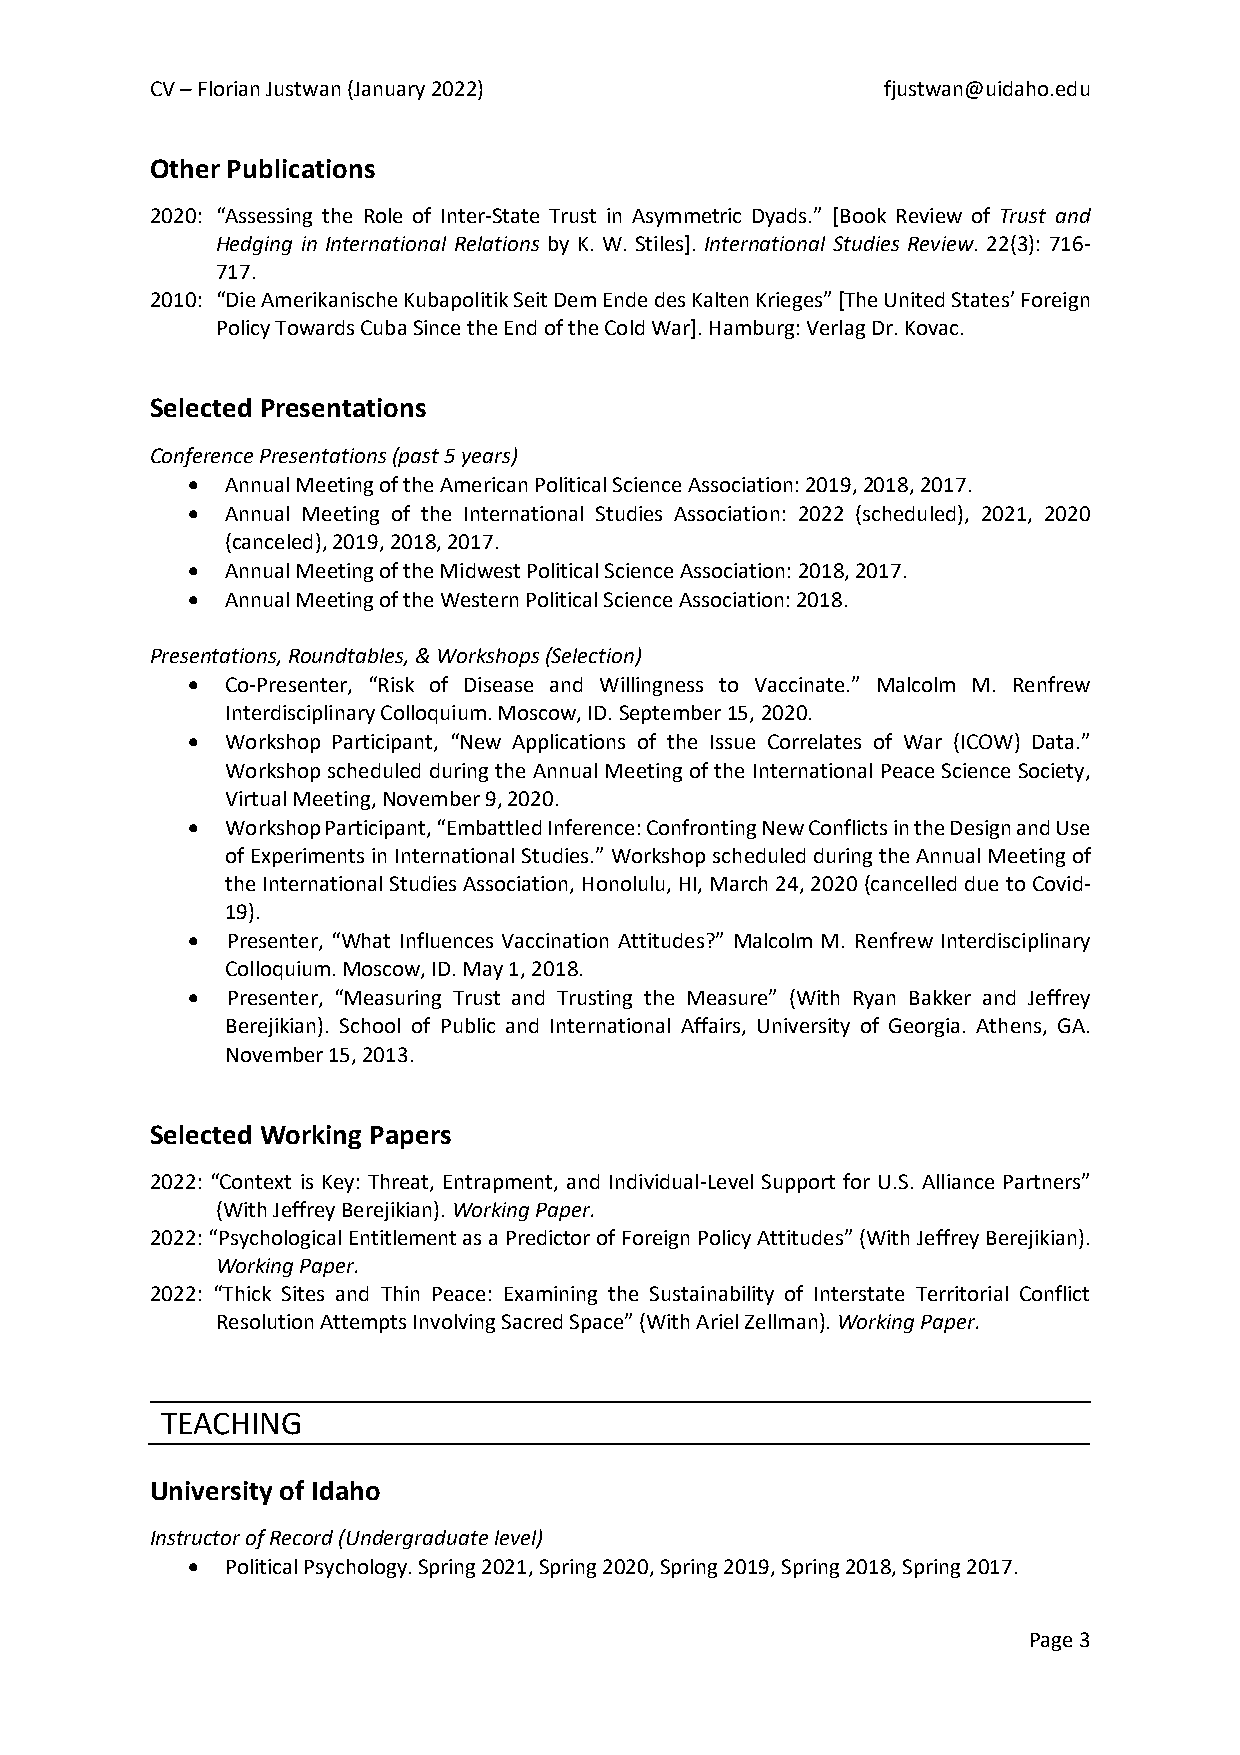
CV – Florian Justwan (January 2022)             fjustwan@uidaho.edu
 Other Publications
 2020: “Assessing the Role of Inter-State Trust in Asymmetric Dyads.” [Book Review of Trust and
 Hedging in International Relations by K. W. Stiles]. International Studies Review. 22(3): 716-
 717.
 2010: “Die Amerikanische Kubapolitik Seit Dem Ende des Kalten Krieges” [The United States’ Foreign
 Policy Towards Cuba Since the End of the Cold War]. Hamburg: Verlag Dr. Kovac.
 Selected Presentations
 Conference Presentations (past 5 years)
 •  Annual Meeting of the American Political Science Association: 2019, 2018, 2017.
 •  Annual Meeting of the International Studies Association: 2022 (scheduled), 2021, 2020
 (canceled), 2019, 2018, 2017.
 •  Annual Meeting of the Midwest Political Science Association: 2018, 2017.
 •  Annual Meeting of the Western Political Science Association: 2018.
 Presentations, Roundtables, & Workshops (Selection)
 •  Co-Presenter, “Risk of Disease and Willingness to Vaccinate.” Malcolm M. Renfrew
 Interdisciplinary Colloquium. Moscow, ID. September 15, 2020.
 •  Workshop Participant, “New Applications of the Issue Correlates of War (ICOW) Data.”
 Workshop scheduled during the Annual Meeting of the International Peace Science Society,
 Virtual Meeting, November 9, 2020.
 •  Workshop Participant, “Embattled Inference: Confronting New Conflicts in the Design and Use
 of Experiments in International Studies.” Workshop scheduled during the Annual Meeting of
 the International Studies Association, Honolulu, HI, March 24, 2020 (cancelled due to Covid-
 19).
 •  Presenter, “What Influences Vaccination Attitudes?” Malcolm M. Renfrew Interdisciplinary
 Colloquium. Moscow, ID. May 1, 2018.
 •  Presenter, “Measuring Trust and Trusting the Measure” (With Ryan Bakker and Jeffrey
 Berejikian). School of Public and International Affairs, University of Georgia. Athens, GA.
 November 15, 2013.
 Selected Working Papers
 2022: “Context is Key: Threat, Entrapment, and Individual-Level Support for U.S. Alliance Partners”
 (With Jeffrey Berejikian). Working Paper.
 2022: “Psychological Entitlement as a Predictor of Foreign Policy Attitudes” (With Jeffrey Berejikian).
 Working Paper.
 2022: “Thick Sites and Thin Peace: Examining the Sustainability of Interstate Territorial Conflict
 Resolution Attempts Involving Sacred Space” (With Ariel Zellman). Working Paper.
 TEACHING
 University of Idaho
 Instructor of Record (Undergraduate level)
 •  Political Psychology. Spring 2021, Spring 2020, Spring 2019, Spring 2018, Spring 2017.
 Page 3